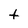
Character: t